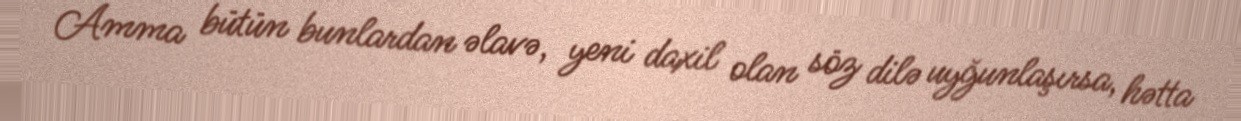
Amma bütün bunlardan əlavə, yeni daxil olan söz dilə uyğunlaşırsa, hətta